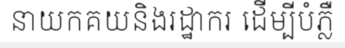
នាយកគយនិងរដ្ឋាករ ដើម្បីបំភ្លឺ